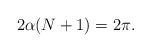
\begin{align*} 2 \alpha (N+1) = 2 \pi. \end{align*}